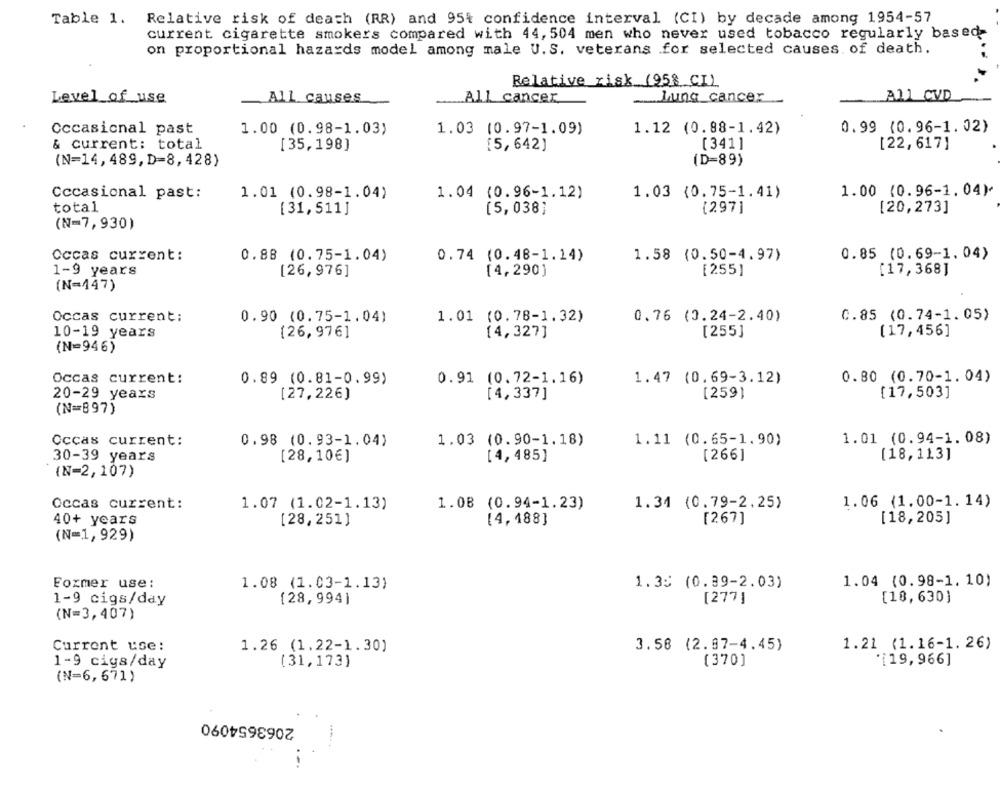
Table 1. Relative risk of death (RR) and 95% confidence interval (CI) by decade among 1954-57
current cigarette smokers compared with 44, 504 men who never used tobacco regularly based
on proportional hazards model among male U.S. veterans for selected causes of death.
Relative risk (958 CI)
Level of use
All causes
All cancer
Lung cancer
AMI CVD
Occasional past
1.00 (0.98-1.03)
1.03 (0.97-1.09)
1.12 (0.88-1.42)
0.99 (0.96-1.02)
& current: total
[35,198]
[5,642]
[341]
[22,617]
(N=14,489,D=8,428)
(D=89)
Cccasional past:
1.01 (0.98-1.04)
1.04 (0.96-1.12)
1.03 (0.75-1.41)
1.00 (0.96-1.04)
total
[31,511]
[5,038]
(297]
[20,273]
(N=7,930)
Occas current:
0.88 (0.75-1.04)
0.74 (0.48-1.14)
1.58 (0.50-4.97)
0.85 (0.69-1.04)
[17,368]
1-9 years
[26,976]
[4,290)
[255]
(N=447)
C.85 (0.74-1.05)
Occas current:
0.90 (0.75-1.04)
1.01 (0.78-1.32)
0.76 (0.24-2.40)
[26,976]
[4,327]
[255]
(17,456]
10-19 years
(N=946)
Occas current:
0.89 (0.81-0.99)
0.91 (0.72-1.16)
1.47 (0.69-3.12)
0.80 (0.70-1.04)
20-29 years
[27,226)
[4,337]
[259)
[17,503]
(N=897)
Occas current:
0.98 (0.93-1.04)
1.03 (0.90-1.18)
1.11 (0.65-1.90)
1.01 (0.94-1.08)
30-39 years
[28,10€)
[4,485]
[266]
[18,113]
(N=2,107)
Occas current:
1.07 (1.02-1.13)
1.08 (0.94-1.23)
1.34 (0.79-2.25)
1.06 (1.00-1.14)
40+ years
[28,251]
[4,488]
[267]
[18,205]
(N=1, 929)
Foxmer use:
1.08 (1.03-1.13)
1.35 (0.39-2.03)
1.04 (0.98-1.10)
1-9 cigs/day
[28,994]
[277]
[18,630)
(N=3,407)
Current use:
1.26 (1.22-1.30)
3.58 (2.87-4.45)
1.21 (1.16-1.26)
1-9 cigs/day
(31,173)
(370]
*[19,966]
(N=6,671)
2063654090
.-.